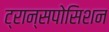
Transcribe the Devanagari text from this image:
ट्रान्सपोसिशन